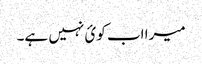
میرا اب کوئ نہیں ہے۔